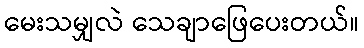
မေးသမျှလဲ သေချာဖြေပေးတယ်။